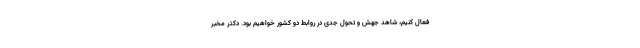
فعال کنیم، شاهد جهش و تحول جدی در روابط دو کشور خواهیم بود. دکتر مخبر